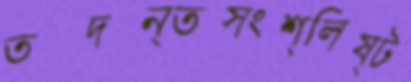
তদন্তসংশ্লিষ্ট